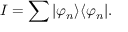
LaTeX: I = \sum | \varphi _ { n } \rangle \langle \varphi _ { n } | .